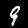
Digit: 9